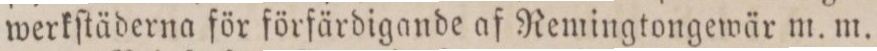
werkſtäderna för förfärdigande af Remingtongewär m. m.